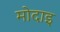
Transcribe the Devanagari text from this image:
मोदाइ